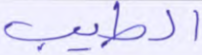
الطيب